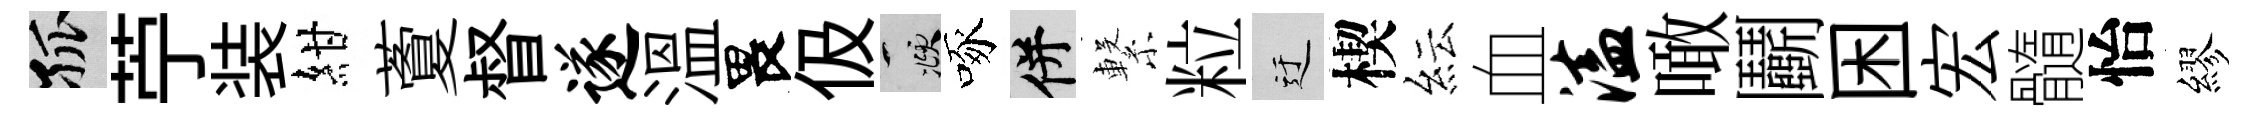
孤苧装紺藑督遂溫畏伋頫啄并繋粒迂楔紜血溘噉鬬困宏髓怡繆